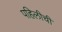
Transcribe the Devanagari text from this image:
पहिलीची